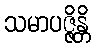
သမာပဇ္ဇိန္တိ